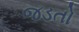
જડતો